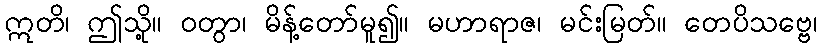
ဣတိ၊ ဤသို့။ ဝတွာ၊ မိန့်တော်မူ၍။ မဟာရာဇ၊ မင်းမြတ်။ တေပိသဗ္ဗေ၊